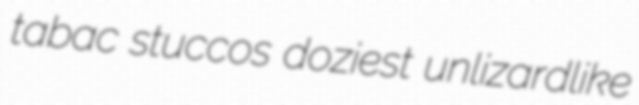
tabac stuccos doziest unlizardlike